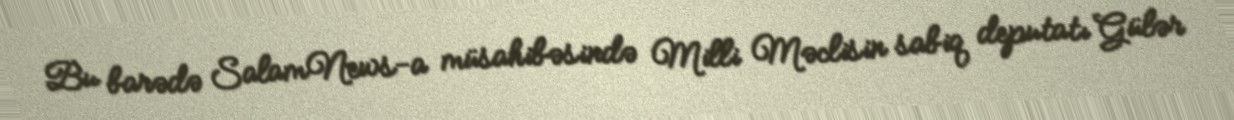
Bu barədə SalamNews-a müsahibəsində Milli Məclisin sabiq deputatı Gülər